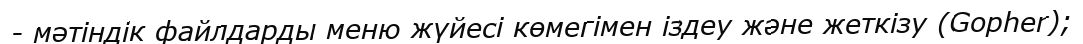
- мәтіндік файлдарды меню жүйесі көмегімен іздеу және жеткізу (Gopher);